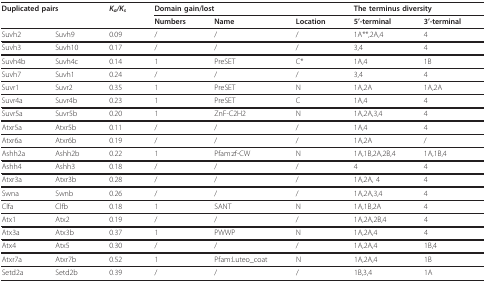
| <COLSPAN=2> Duplicated pairs | Ka/Ks | <COLSPAN=3> Domain gain/lost | <COLSPAN=2> The terminus diversity |
 |  |  |  | Numbers | Name | Location | 5'-terminal | 3'-terminal |
 | --- | --- | --- | --- | --- | --- | --- | --- |
 | Suvh2 | Suvh9 | 0.09 | / | / | / | 1A**,2A,4 | 4 |
 | Suvh3 | Suvh10 | 0.17 | / | / | / | 3,4 | 4 |
 | Suvh4b | Suvh4c | 0.14 | 1 | PreSET | C* | 1A,4 | 1B |
 | Suvh7 | Suvh1 | 0.24 | / | / | / | 3,4 | 4 |
 | Suvr1 | Suvr2 | 0.35 | 1 | PreSET | N | 1A,2A | 1A,2A |
 | Suvr4a | Suvr4b | 0.23 | 1 | PreSET | C | 1A,4 | 4 |
 | Suvr5a | Suvr5b | 0.20 | 1 | ZnF-C2H2 | N | 1A,2A,3,4 | 4 |
 | Atxr5a | Atxr5b | 0.11 | / | / | / | 1A,4 | 4 |
 | Atxr6a | Atxr6b | 0.19 | / | / | / | 1A,2A | / |
 | Ashh2a | Ashh2b | 0.22 | 1 | Pfam:zf-CW | N | 1A,1B,2A,2B,4 | 1A,1B,4 |
 | Ashh4 | Ashh3 | 0.18 | / | / | / | 4 | 4 |
 | Atxr3a | Atxr3b | 0.28 | / | / | / | 1A,2A, 4 | 4 |
 | Swna | Swnb | 0.26 | / | / | / | 1A,2A,3,4 | 4 |
 | Clfa | Clfb | 0.18 | 1 | SANT | N | 1A,1B,2A | 4 |
 | Atx1 | Atx2 | 0.19 | / | / | / | 1A,2A,2B,4 | 4 |
 | Atx3a | Atx3b | 0.37 | 1 | PWWP | N | 1A,2A,4 | 4 |
 | Atx4 | Atx5 | 0.30 | / | / | / | 1A,2A,4 | 1B,4 |
 | Atxr7a | Atxr7b | 0.52 | 1 | Pfam:Luteo_coat | N | 1A,2A,4 | 1B |
 | Setd2a | Setd2b | 0.39 | / | / | / | 1B,3,4 | 1A |